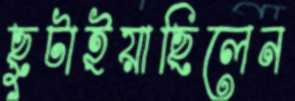
ছুটাইয়াছিলেন